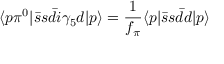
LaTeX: \langle p \pi ^ { 0 } | \bar { s } s \bar { d } i \gamma _ { 5 } d | p \rangle = \frac { 1 } { f _ { \pi } } \langle p | \bar { s } s \bar { d } d | p \rangle